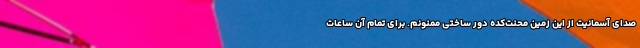
صدای آسمانیت از این زمین محنت‌کده دور ساختی ممنونم. برای تمام آن ساعات